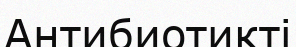
Антибиотикті